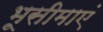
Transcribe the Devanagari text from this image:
भूसीमाएं